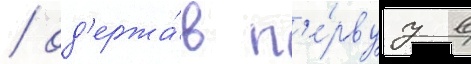
/ од'ержа́в п'е́рвуу в